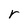
Character: r